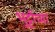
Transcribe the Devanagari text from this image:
भुट्टोंच्या